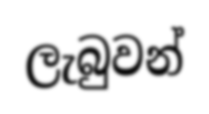
ලැබුවන්